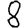
Digit: 8